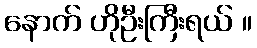
နောက် ဟိုဦးကြီးရယ် ။